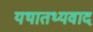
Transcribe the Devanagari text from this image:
यथातथ्यवाद